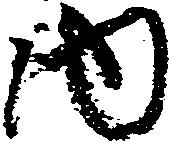
内